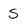
Character: S